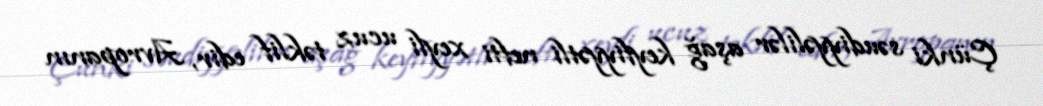
Çünki səudiyyəlilər aşağ keyfiyyətli nefti xeyli ucuz təklif edir, Avropanın